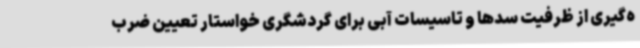
ه‌گیری از ظرفیت سدها و تاسیسات آبی برای گردشگری خواستار تعیین ضرب